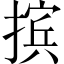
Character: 摈